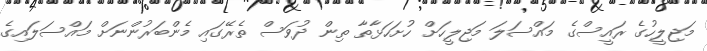
މަޖިލީހުގެ ރައީސްގެ މައްސަލަ މަޖިލީހަށް ހުށަހަޅާތާ ތިން ދުވަސް ތެރޭގައި މެންބަރުންނަށް މައްސަލައިގެ